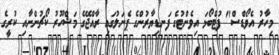
މިހާރު އެވޯޑްސް" ފުޓްބޯޅަ އިވެންޓުގެ ފަނޑިޔާރުންގެ ޕެނަލުގައި ރާއްޖޭގެ މަޝްހޫރު ކޯޗުންނާއި ކުރީގެ